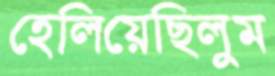
হেলিয়েছিলুম